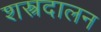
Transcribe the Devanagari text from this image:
शस्त्रदालन